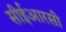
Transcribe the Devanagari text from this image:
सीईआरसी